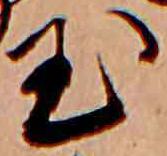
玉